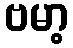
ဗမာ့